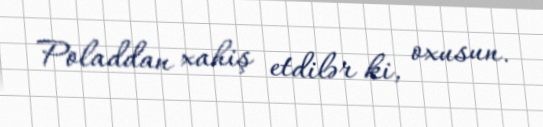
Poladdan xahiş etdilər ki, oxusun.